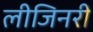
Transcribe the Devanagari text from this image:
लीजिनरी